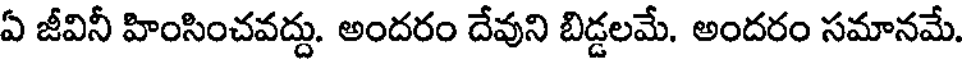
ఏ జీవినీ హింసించవద్దు. అందరం దేవుని బిడ్డలమే. అందరం సమానమే.